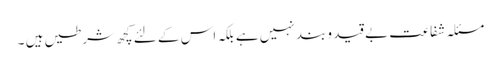
مسئلہ شفاعت بے قید و بند نہیں ہے بلکہ اس کے لئے کچھ شرطیں ہیں ۔